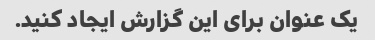
یک عنوان برای این گزارش ایجاد کنید.